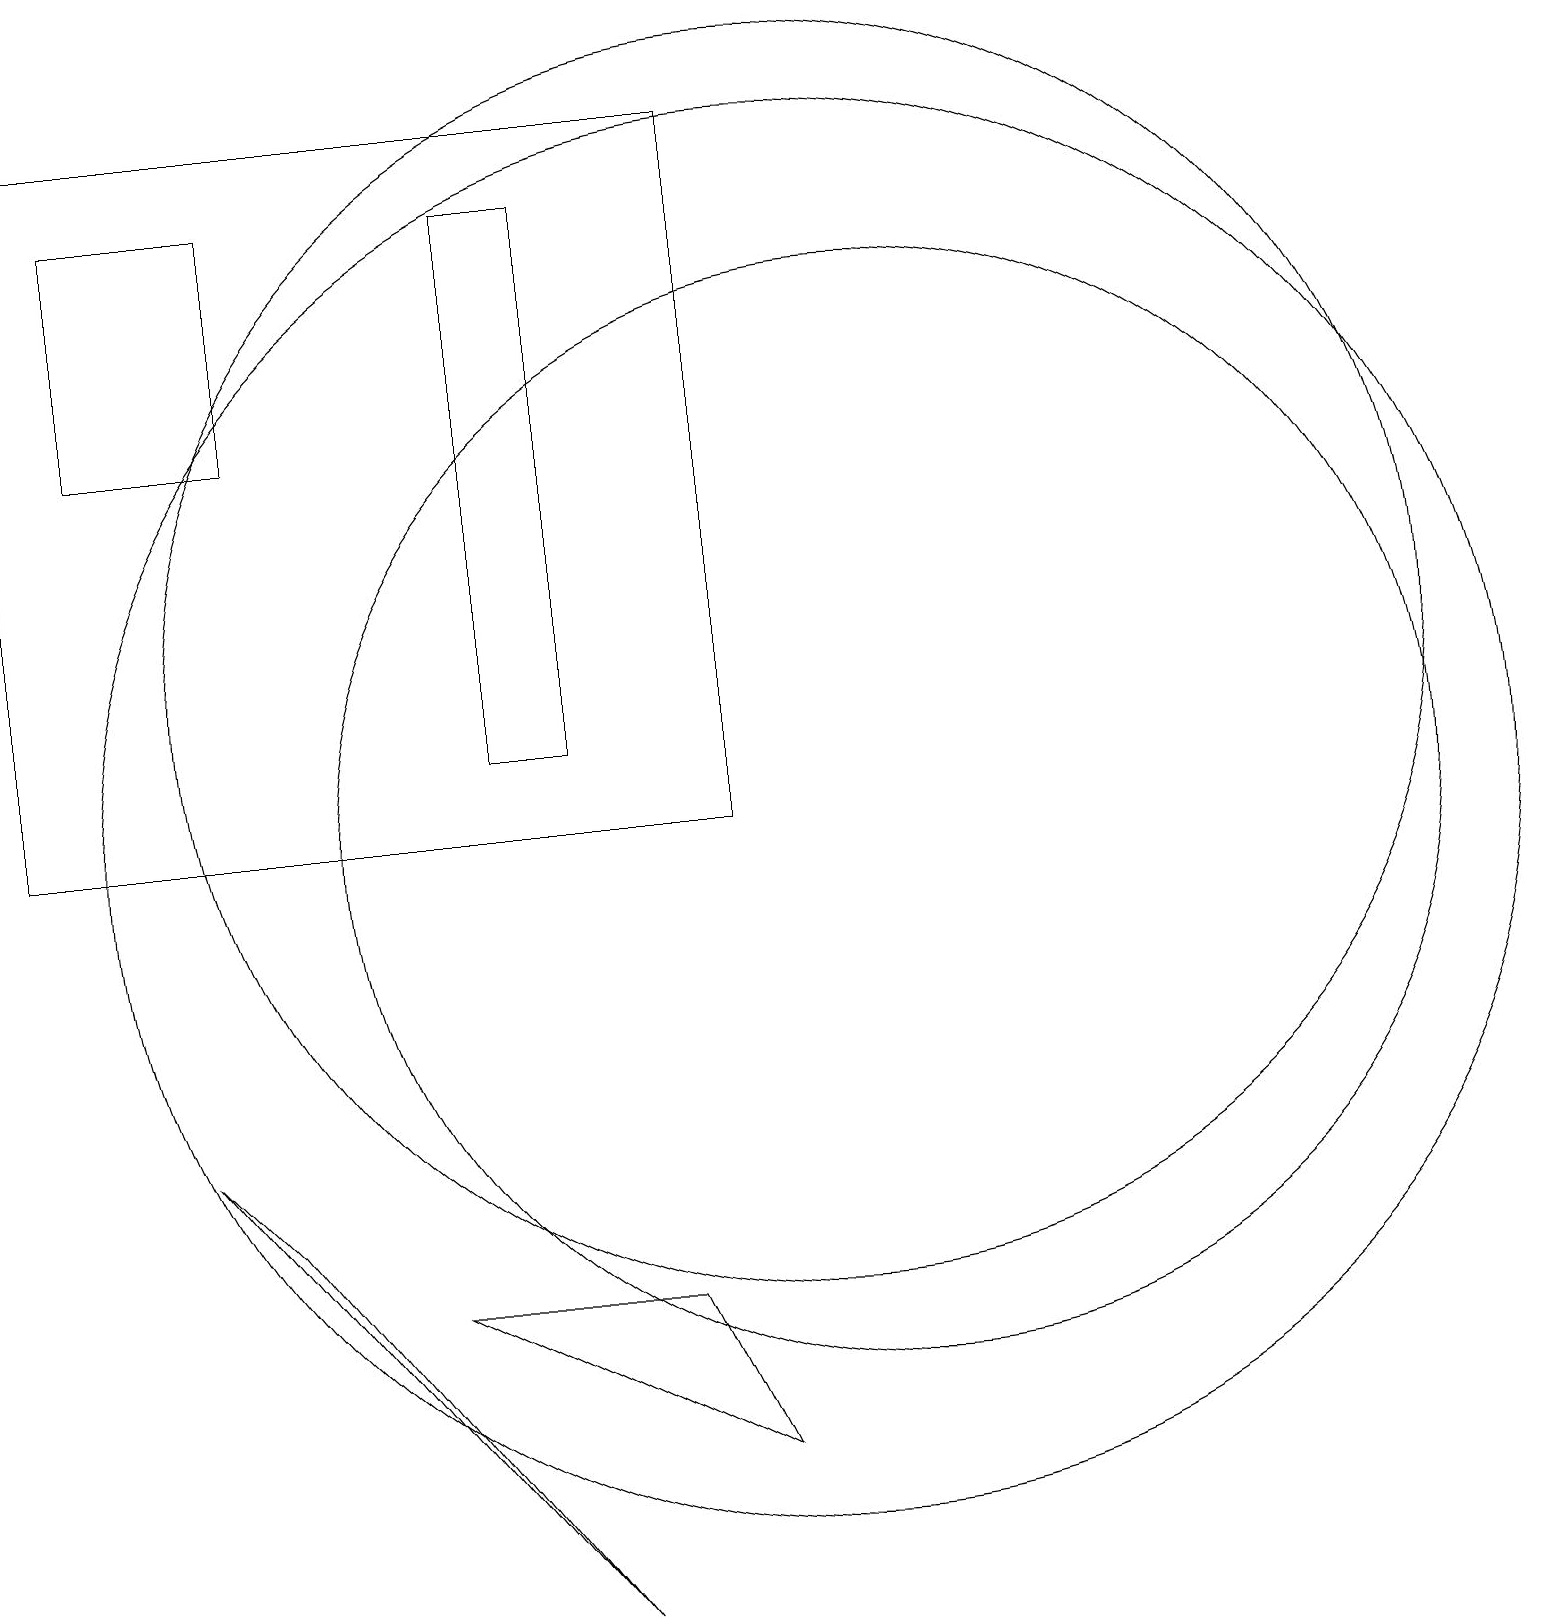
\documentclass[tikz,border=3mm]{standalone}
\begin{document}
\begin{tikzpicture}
\draw (3,5) -- (7,0) -- (2,6) -- cycle;
\draw (1,18) rectangle (3,15);
\draw (10,12) circle (8);
\draw (7,18) rectangle (6,11);
\draw (0,10) rectangle (9,19);
\draw (10,10) circle (9);
\draw (5,4) -- (8,4) -- (9,2) -- cycle;
\draw (11,10) circle (7);
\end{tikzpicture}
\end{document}